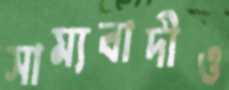
সাম্যবাদীও